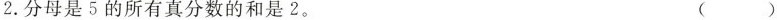
2. 分母是 5 的所有真分数的和是 2。 (